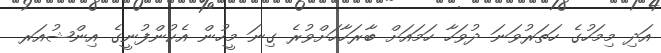
އަދި މިމަހުގެ ހަތަރުވަނަ ދުވަހާ ހަމައަށް ބާރަހާހަށްވުރެ ގިނަ މީހުން އެކުންފުނީގެ އިންޝުއަރ